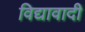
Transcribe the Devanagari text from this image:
विद्यावादी